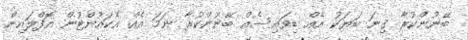
ބޭނުންކުރާ ގިނަ ބަޔަކު އެއް ޑިވައިސެއް ބޭނުންކުރާ ނަމަ އެއް އެކައުންޓުން އޮފްލައިން